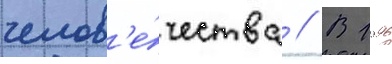
челов'е́чества // В 1996